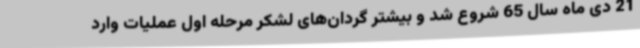
21 دی ماه سال 65 شروع شد و بیشتر گردان‌های لشکر مرحله اول عملیات وارد